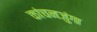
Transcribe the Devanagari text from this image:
कांचनजुंगा